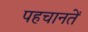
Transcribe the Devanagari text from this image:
पहचानतें